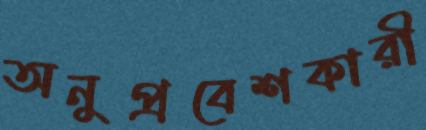
অনুপ্রবেশকারী